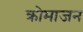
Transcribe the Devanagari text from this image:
क्रोमाजन